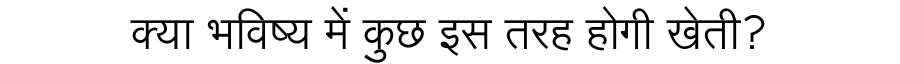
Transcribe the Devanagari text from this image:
क्या भविष्य में कुछ इस तरह होगी खेती?